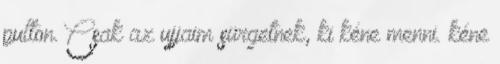
pulton. Csak az ujjaim sürgetnek, ki kéne menni. kéne